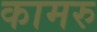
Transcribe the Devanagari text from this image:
कामरु